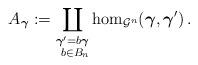
LaTeX: \begin{align*} A_{\boldsymbol \gamma}:=\coprod_{\substack{\boldsymbol \gamma' = b \boldsymbol \gamma \\ \ b \in B_n}} \hom_{\mathcal{G}^n} (\boldsymbol \gamma , \boldsymbol \gamma') \, . \end{align*}